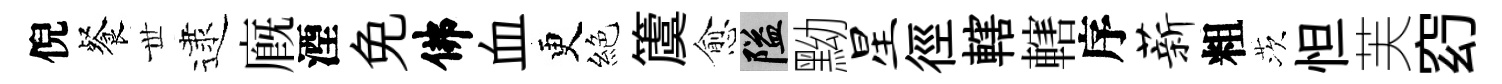
倪餐𠀍逮廐湮免佛血更絕𥵂愈隘黝星徑轄轄序薪粗茨怛芙𥥆